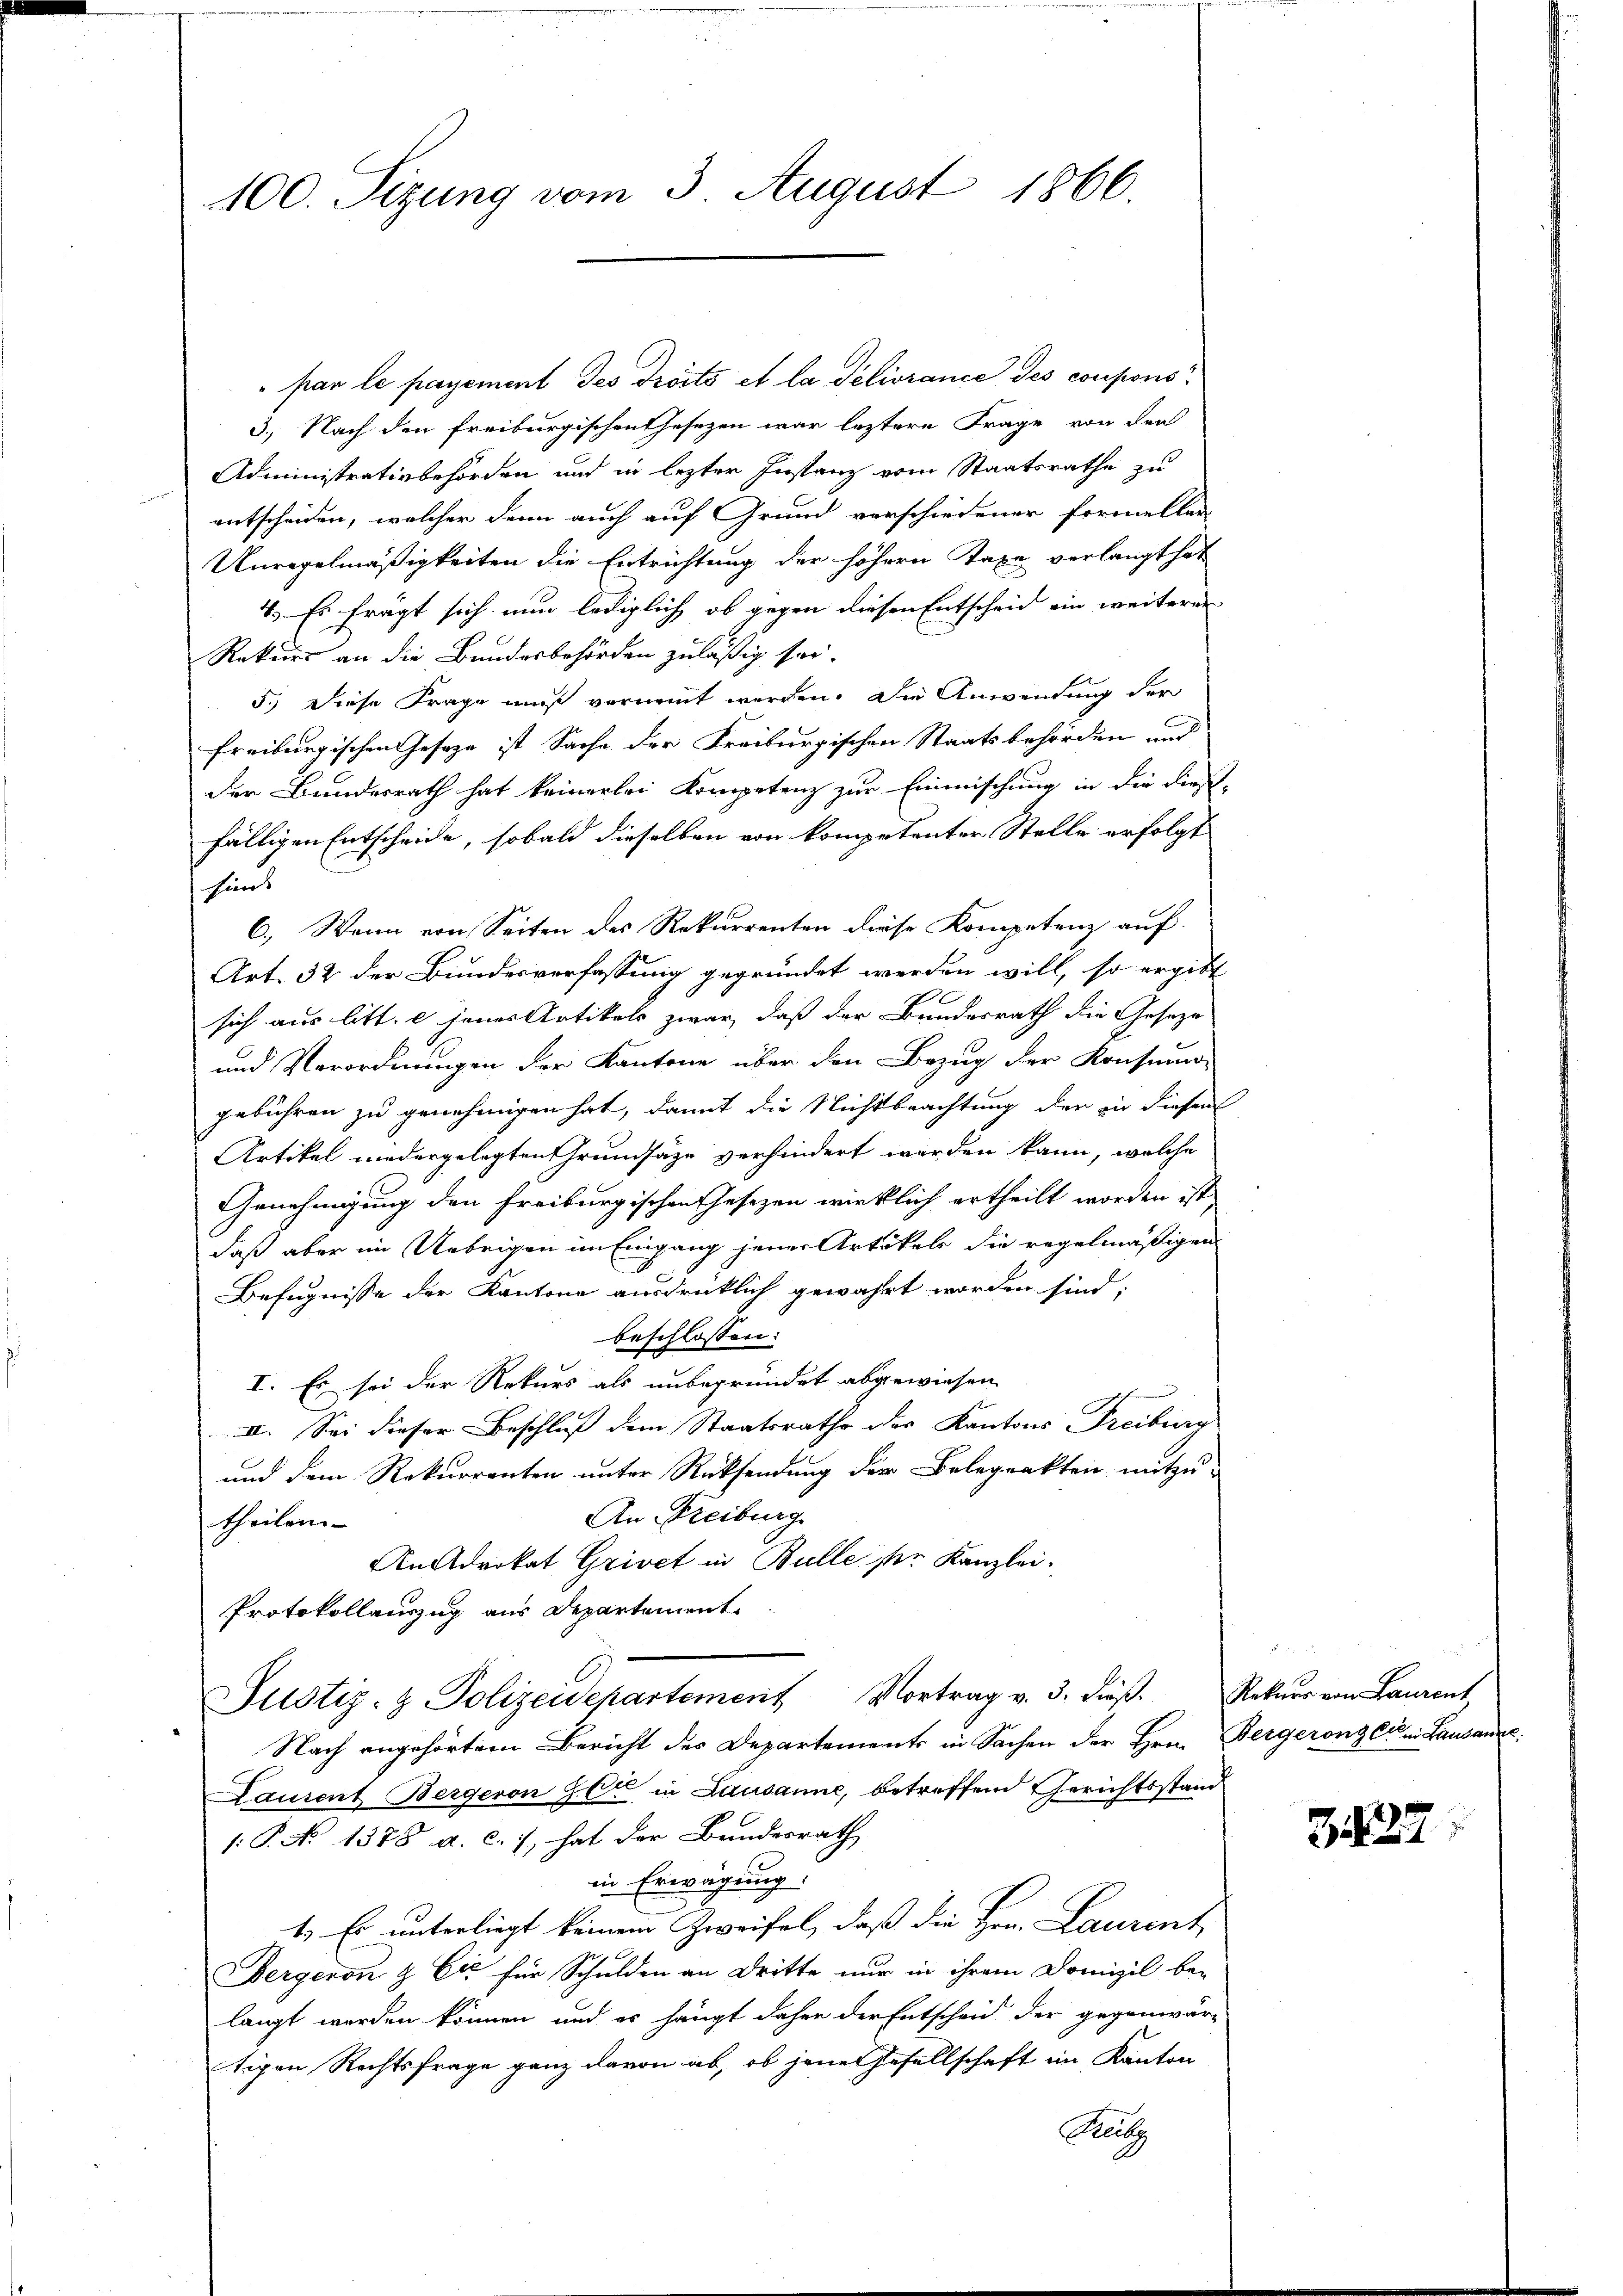
100. Sizung vom 3. August 1866.

" par le payement des droits et la délivrance des coupons
3.) Nach den freiburgischen Gesezen war leztere Frage von den
Administrativbehörden und in lezter Instanz vom Staatsrathe zu
entscheiden, welcher denn auch auf Grund verschiedener Formellen
Unregelmäßigkeiten die Entrichtung der höhern Taxe verlangt hat
4.) Es frägt sich nun lediglich ob gegen diesen Entscheid ein weiteren
Rekurs an die Bundesbehörden zuläßig sei.
5.) Diese Frage muß vornennt werden. Die Anwendung der
freiburgischen Geseze ist Sache der Freiburgischen Staatsbehörden und
der Bundesrath hat keinerlei Kompetenz zur Einmischung in die dießfälligen Entscheide, sobald dieselben von kompetenter Stelle erfolgt
hins
6.) Wenn von Seiten des Rekurrenten diese Kompetenz auf
Art. 32 der Bundesverfassung gegründet werden will, so ergibt
sich aus litt. e jenes Artikels zwar, daß der Bundesrath die Geseze
und Verordnungen der Kantone über den Bezug der Konsumo-
gebühren zu genehmigen hat, damit die Nichtbeachtung der in diesen
Artikel niedergelegten Grundsätze verhindert werden kann, welche
Genehmigung den Freiburgischen Gesezen wirklich ertheilt worden ist
daß aber im Uebrigen im Eingang jener Artikels die regelmäßigen
Befugnisse der Kantone ausdrücklich gewährt worden sind;
beschlossen:
I. Es sei der Rekurs als unbegründet abgewiesen
II. Sei dieser Beschluß dem Staatsrathe des Kantons Freiburg
und dem Rekurrenten unter Rücksendung der Belegrakten mitzu¬
An Freiburg
theilen.
An Advokat Grivct in Bulle ster Kanzlei.
Protokollauszug aus Departement
Justiz- & Polizeidepartement Vortrag v. 3. dieβ. Rekurs von Laurent
Nach angehörtem Bericht des Departements in Sachen der Hrn. Bergerong ein Lausanner
Laurent Bergeron J. C. in Lausanne, betreffend Gerichtsstand
1: P. No 1378 a. c., hat der Bundesrath
in Erwägung:
1. Er unterliegt keinem Zweifel, daß die Hrn. Laurent
Bergeron & Cie für Schulden an Dritte nur in ihrem Domizil be-
langt werden können und es hängt daher der Entscheid der gegenwär-
tigen Rechtsfrage ganz davon ab, ob jenes Gesellschaft im Kanton
Rat

Z.127